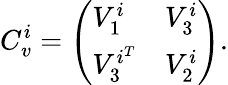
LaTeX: C_{v}^{i}=\left(\begin{array}{ll}{V_{1}^{i}}&{V_{3}^{i}}\\ {V_{3}^{i^{T}}}&{V_{2}^{i}}\end{array}\right).